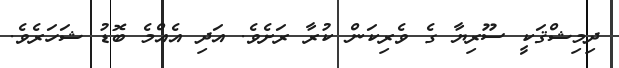
ދިމިޝްޤަކީ ސޫރިޔާ ގެ ވެރިކަން ކުރާ ރަށެވެ. އަދި އެއްމެ ބޮޑު ޝަހަރެވެ.